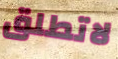
لاتطلق